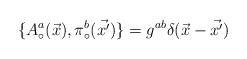
LaTeX: \begin{align*}\{A_{\circ}^{a}(\vec{x}), \pi_{\circ}^{b}(\vec{x'})\} =g^{ab}\delta(\vec{x}-\vec{x'})\end{align*}